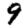
Digit: 9